Report of the Imperial Institute of Veterinary Research, Muktesar
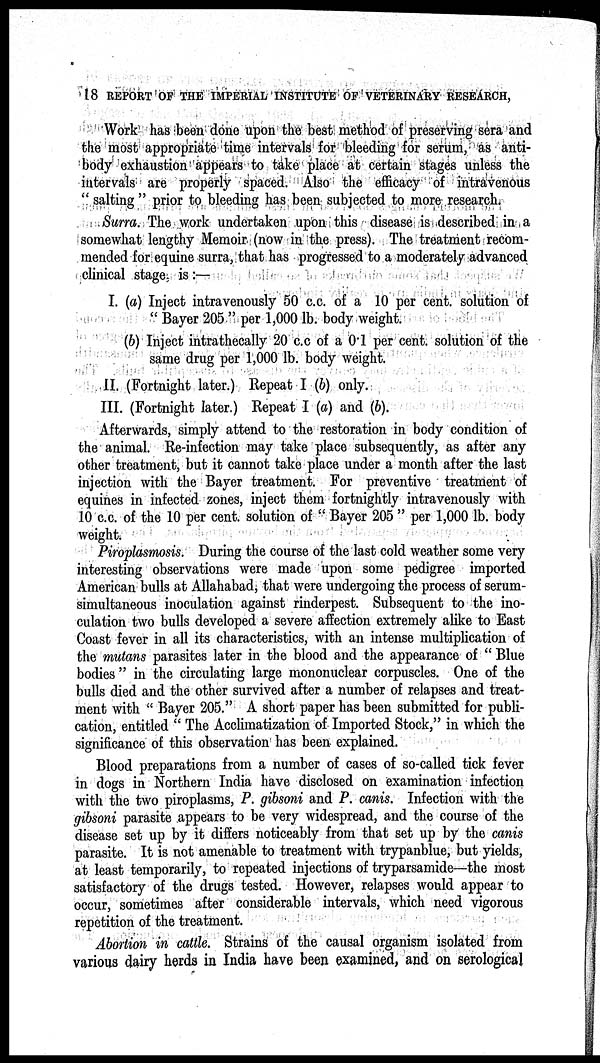
18 REPORT OF THE IMPERIAL INSTITUTE OF VETERINARY RESEARCH,
Work has been done upon the best method of preserving sera and
the most appropriate time intervals for bleeding for serum, as anti-
body exhaustion appears to take place at certain stages unless the
intervals are properly spaced. Also the efficacy of intravenous
" salting " prior to bleeding has been subjected to more research.
Surra. The work undertaken upon this disease is described in a
somewhat lengthy Memoir (now in the press). The treatment recom-
mended for equine surra, that has progressed to a moderately advanced
clinical stage is :—
I. (a) Inject intravenously 50 c.c. of a 10 per cent. solution of
" Bayer 205 " per 1,000 lb. body weight.
(b) Inject intrathecally 20 c.c of a 0.1 per cent. solution of the
same drug per 1,000 lb. body weight.
II. (Fortnight later.) Repeat I (b) only.
III. (Fortnight later.) Repeat I (a) and (b).
Afterwards, simply attend to the restoration in body condition of
the animal. Re-infection may take place subsequently, as after any
other treatment, but it cannot take place under a month after the last
injection with the Bayer treatment. For preventive treatment of
equines in infected zones, inject them fortnightly intravenously with
10 c.c. of the 10 per cent. solution of " Bayer 205 " per 1,000 lb. body
weight.
Piroplasmosis. During the course of the last cold weather some very
interesting observations were made upon some pedigree imported
American bulls at Allahabad, that were undergoing the process of serum-
simultaneous inoculation against rinderpest. Subsequent to the ino-
culation two bulls developed a severe affection extremely alike to East
Coast fever in all its characteristics, with an intense multiplication of
the mutans parasites later in the blood and the appearance of " Blue
bodies" in the circulating large mononuclear corpuscles. One of the
bulls died and the other survived after a number of relapses and treat-
ment with " Bayer 205." A short paper has been submitted for publi-
cation, entitled " The Acclimatization of Imported Stock," in which the
significance of this observation has been explained.
Blood preparations from a number of cases of so-called tick fever
in dogs in Northern India have disclosed on examination infection
with the two piroplasms, P. gibsoni and P. canis. Infection with the
gibsoni parasite appears to be very widespread, and the course of the
disease set up by it differs noticeably from that set up by the canis
parasite. It is not amenable to treatment with trypanblue, but yields,
at least temporarily, to repeated injections of tryparsamide—the most
satisfactory of the drugs tested. However, relapses would appear to
occur, sometimes after considerable intervals, which need vigorous
repetition of the treatment.
Abortion in cattle. Strains of the causal organism isolated from
various dairy herds in India have been examined, and on serological